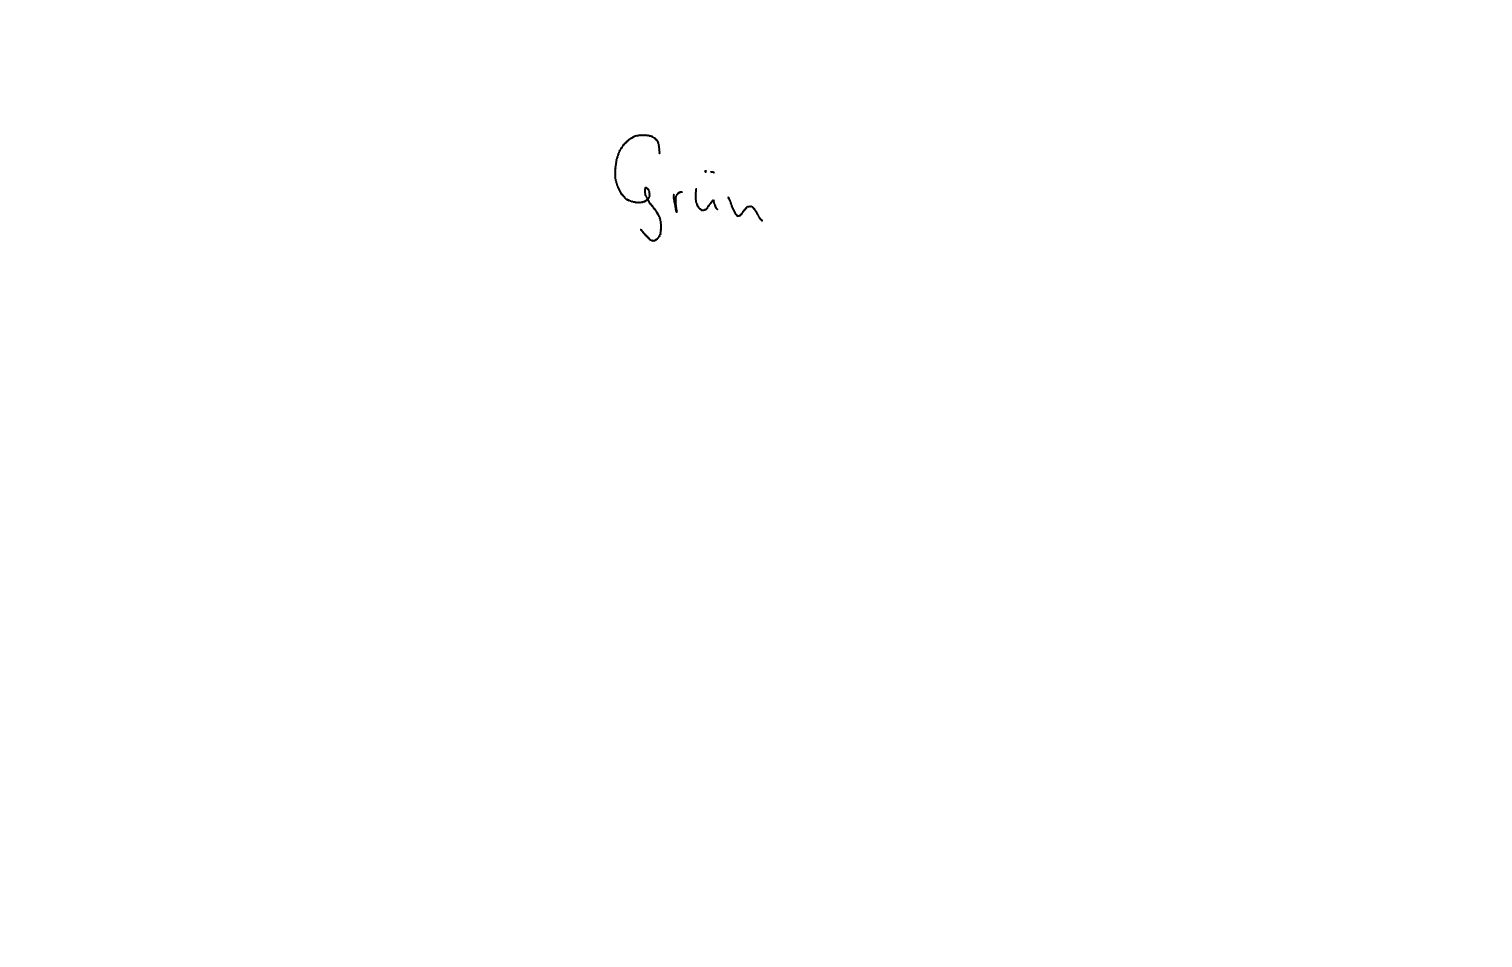
Text: Grün